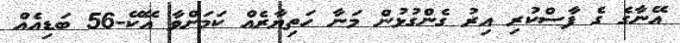
އޭނާގެ ގެ ފާސްކުރި އިރު ގެންގުޅުން މަނާ ހަތިޔާރެއް ކަމަށްވާ އޭކޭ-56 ބަޑިއެއް